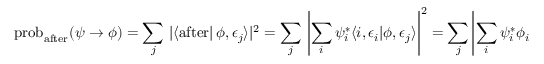
\operatorname { p r o b } _ { \mathrm { a f t e r } } ( \psi \to \phi ) = \sum _ { j } \, \left| \langle { \mathrm { a f t e r } } \right| \phi , \epsilon _ { j } \rangle | ^ { 2 } = \sum _ { j } \, \left| \sum _ { i } \psi _ { i } ^ { * } \langle i , \epsilon _ { i } | \phi , \epsilon _ { j } \rangle \right| ^ { 2 } = \sum _ { j } \left| \sum _ { i } \psi _ { i } ^ { * } \phi _ { i } \langle \epsilon _ { i } | \epsilon _ { j } \rangle \right| ^ { 2 } .